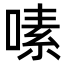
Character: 嗉